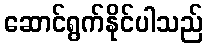
ဆောင်ရွက်နိုင်ပါသည်